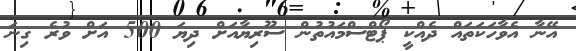
އޭނާ އެވާހަކަތައް ދެއްކީ ޕޯޓްސްމައުތުން ސޫރިޔާއަށް ދިޔަ 500 އަށް ވުރެ ގިނަ